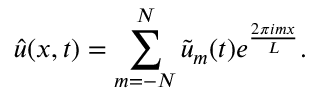
\hat { u } ( x , t ) = \sum _ { m = - N } ^ { N } \tilde { u } _ { m } ( t ) e ^ { \frac { 2 \pi i m x } { L } } .